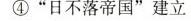
④”日不落帝国”建立